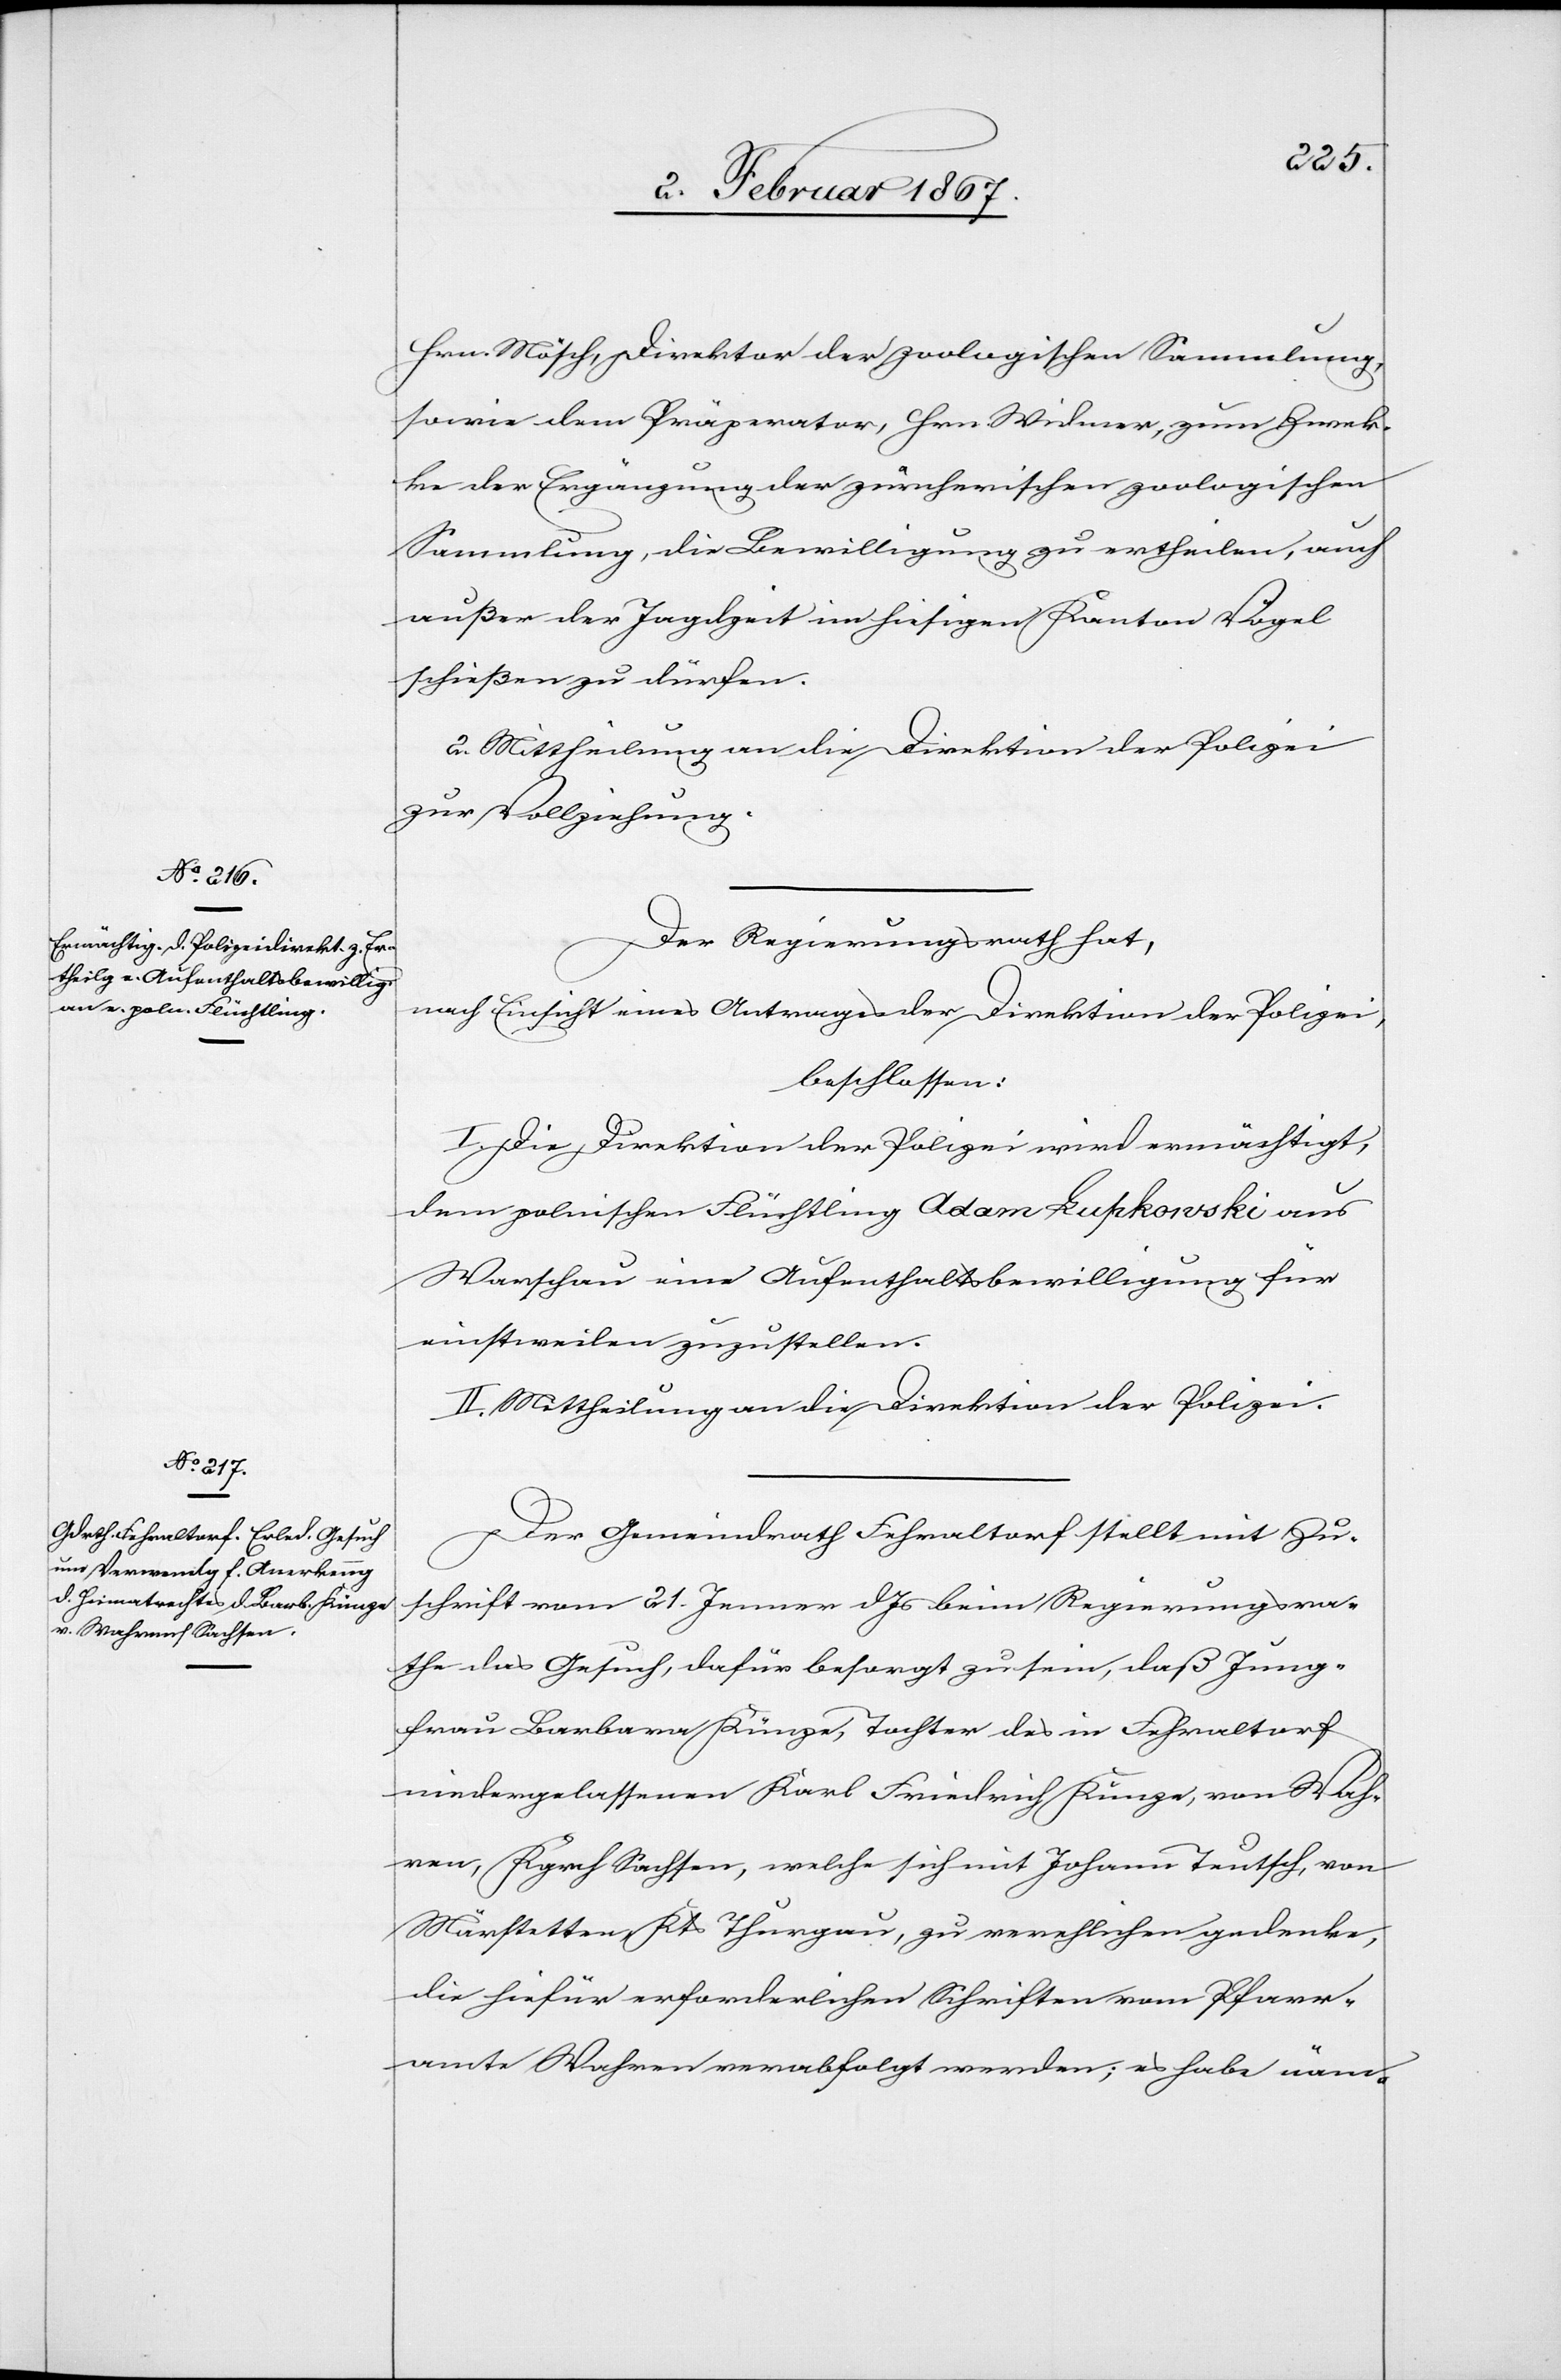
Hrn Mösch, Direktor der zoologischen Sammlung,
sowie dem Präperator, Hrn. Widmer, zum Zwec¬
ke der Ergänzung der zürcherischen zoologischen
Sammlung, die Bewilligung zu ertheilen, auch
außer der Jagdzeit im hiesigen Kanton Vögel
schießen zu dürfen.
2. Mittheilung an die Direktion der Polizei
zur Vollziehung.
Der Regierungsrath hat,
nach Einsicht eines Antrages der Direktion der Polizei
beschlossen:
Die Direktion der Polizei wird ermächtigt,
dem polnischen Flüchtling Adam Luhkovski aus
Warschau eine Aufenthaltsbewilligung für
einstweilen zuzustellen.
II. Mittheilung an die Direktion der Polizei.
Der Gemeindrath Fehraltorf stellt mit Zu¬
schrift vom 21. Jenner d. Js beim Regierungsra¬
the das Gesuch, dafür besorgt zu sein, daß Jung¬
frau Barbara Künze, Tochter des in Fehraltorf
niedergelassenen Karl Friedrich Künze, von Woh¬
ren, Rych Sachsen, welche sich mit Johann Tetsch, von
Märstetten, Kts Thurgau, zu verehlichen gedenke,
die hiefür erforderlichen Schriften vom Pfarr¬
amte Wohren verabfolgt werden; es habe näm-